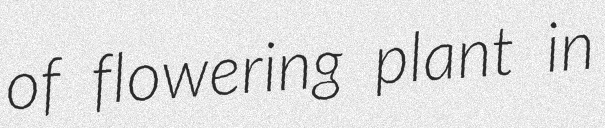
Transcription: of flowering plant in